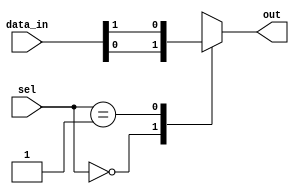
module mux_1024to1 (
  input [1023:0] data_in,
  input [9:0] sel,
  output reg out
);

always @(*) begin
  case(sel)
    10'b0000000000: out = data_in[0];
    10'b0000000001: out = data_in[1];
    // Continue for all 1024 cases
    default: out = 1'bx; // Output is undefined if selection signal is not within range
  endcase
end

endmodule